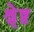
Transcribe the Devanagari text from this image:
श्रृेष्ठ